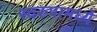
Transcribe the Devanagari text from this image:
स्वरुपामध्ये